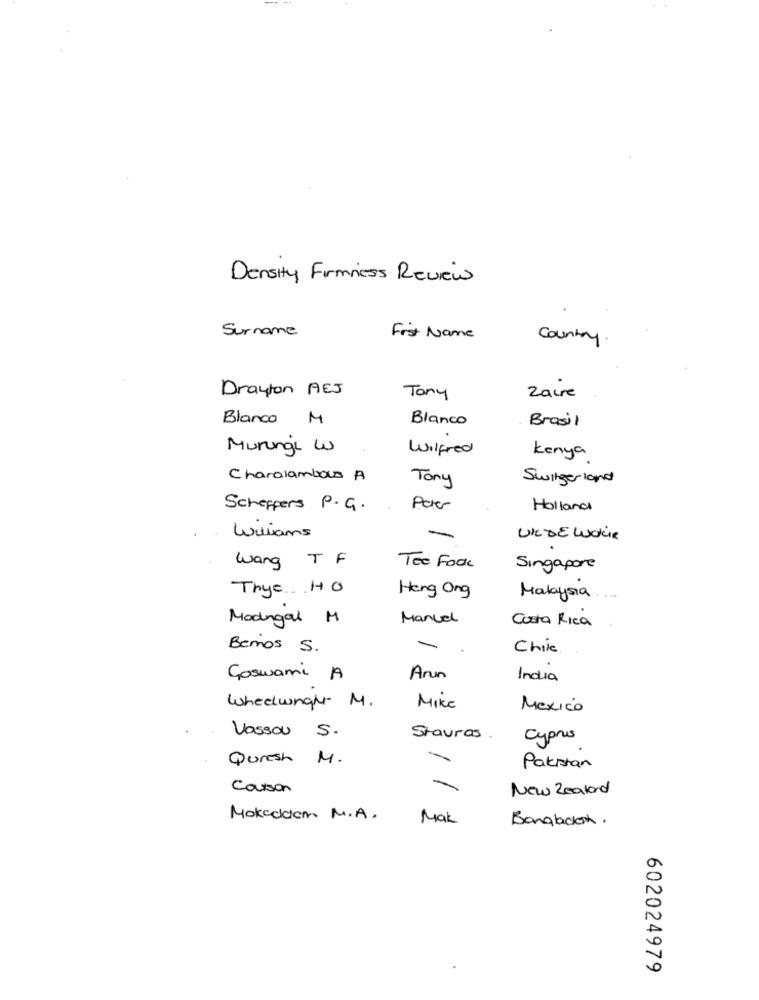
Density Firmness Review
Surname
First Name
Country
Drayton AEJ
Zaire
Tony
Blanco M
Blanco
Brasil
Murunge W
Wilfred
kenya
Charalambos A
Tony
Switzerland
Scheppers P.G.
Peter
Holland
Williams
-
VILDE LUCKie
wang T F
Tee Fook
Singapore
Thye HO
Heng Ong
Malaysia
Madrigal M
Manuel
Costa Rica
Berrios S.
-
Chile
Goswami A
Ann
India
Wheelwngh- M.
Mike
Mexico
Vassou S.
Stavros
Cyprus
Quresh M.
Pakistan
Carson
New Zealand
Mokedden M.A.
Mak
Bangladesh.
602024979